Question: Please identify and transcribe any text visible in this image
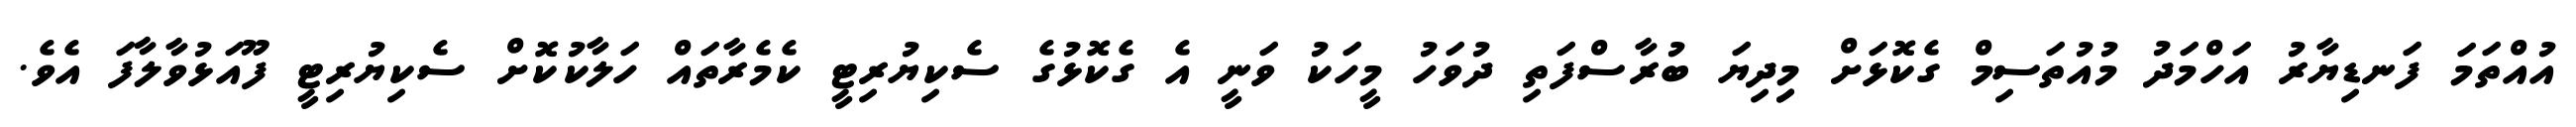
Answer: އުއްތަމަ ފަނޑިޔާރު އަހްމަދު މުއުތަސިމް ގެކޮޅަށް މިިދިޔަ ބުރާސްފަތި ދުވަހު މީހަކު ވަނީ އެ ގެކޮޅުގެ ސެކިޔުރިޓީ ކެމެރާތައް ހަލާކުކޮށް ސެކިޔުރިޓީ ފޫއަޅުވާލާފަ އެވެ.